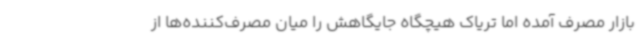
بازار مصرف آمده اما تریاک هیچگاه جایگاهش را میان مصرف‌کننده‌ها از